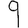
Digit: 9